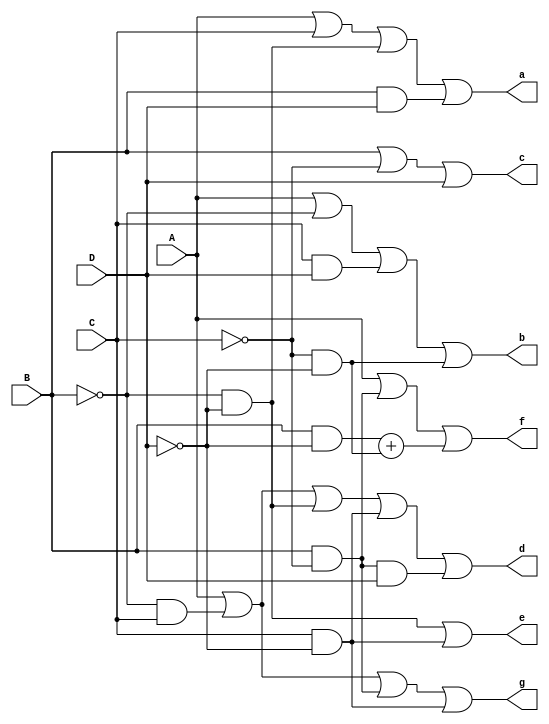
module lab2_dataflow (input A, B, C, D, 
                        output a, b, c, d, e, f, g);

    assign a = (A | C | (~B & ~D) | (B & D));
    assign b = (A | ~B | (C & D) | (~C & ~D));
    assign c = (B | ~C | D);
    assign d = (A | (~B & C) | (~B & ~D) | (C & ~D) | ((B & ~C) & D));
    assign e = ((~B & ~D) | (C & ~D));
    assign f = (A | (B & ~C) | (B & ~D) + (~C & ~D));
    assign g = (A | (~B & C) | (B & ~C) | (C & ~D));

endmodule